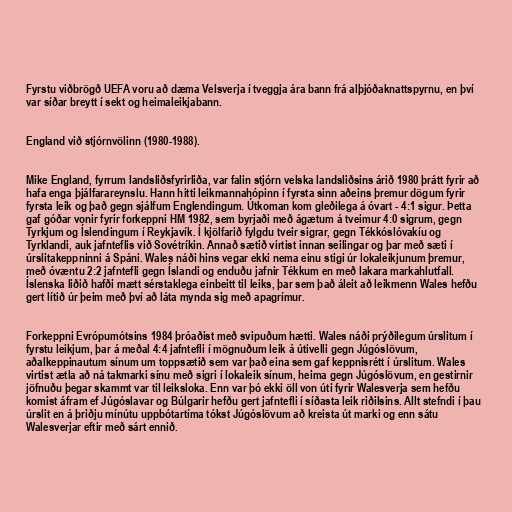
Fyrstu viðbrögð UEFA voru að dæma Velsverja í tveggja ára bann frá alþjóðaknattspyrnu, en því
var síðar breytt í sekt og heimaleikjabann.

England við stjórnvölinn (1980-1988).

Mike England, fyrrum landsliðsfyrirliða, var falin stjórn velska landsliðsins árið 1980 þrátt fyrir að
hafa enga þjálfarareynslu. Hann hitti leikmannahópinn í fyrsta sinn aðeins þremur dögum fyrir
fyrsta leik og það gegn sjálfum Englendingum. Útkoman kom gleðilega á óvart - 4:1 sigur. Þetta
gaf góðar vonir fyrir forkeppni HM 1982, sem byrjaði með ágætum á tveimur 4:0 sigrum, gegn
Tyrkjum og Íslendingum í Reykjavík. Í kjölfarið fylgdu tveir sigrar, gegn Tékkóslóvakíu og
Tyrklandi, auk jafnteflis við Sovétríkin. Annað sætið virtist innan seilingar og þar með sæti í
úrslitakeppninni á Spáni. Wales náði hins vegar ekki nema einu stigi úr lokaleikjunum þremur,
með óvæntu 2:2 jafntefli gegn Íslandi og enduðu jafnir Tékkum en með lakara markahlutfall.
Íslenska liðið hafði mætt sérstaklega einbeitt til leiks, þar sem það áleit að leikmenn Wales hefðu
gert lítið úr þeim með því að láta mynda sig með apagrímur.

Forkeppni Evrópumótsins 1984 þróaðist með svipuðum hætti. Wales náði prýðilegum úrslitum í
fyrstu leikjum, þar á meðal 4:4 jafntefli í mögnuðum leik á útivelli gegn Júgóslövum,
aðalkeppinautum sínum um toppsætið sem var það eina sem gaf keppnisrétt í úrslitum. Wales
virtist ætla að ná takmarki sínu með sigri í lokaleik sínum, heima gegn Júgóslövum, en gestirnir
jöfnuðu þegar skammt var til leiksloka. Enn var þó ekki öll von úti fyrir Walesverja sem hefðu
komist áfram ef Júgóslavar og Búlgarir hefðu gert jafntefli í síðasta leik riðilsins. Allt stefndi í þau
úrslit en á þriðju mínútu uppbótartíma tókst Júgóslövum að kreista út marki og enn sátu
Walesverjar eftir með sárt ennið.